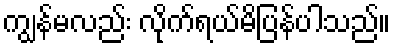
ကျွန်မလည်း လိုက်ရယ်မိပြန်ပါသည်။